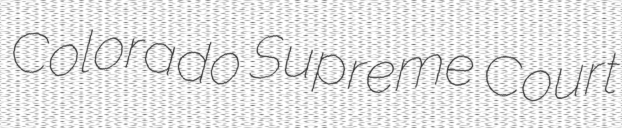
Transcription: Colorado Supreme Court